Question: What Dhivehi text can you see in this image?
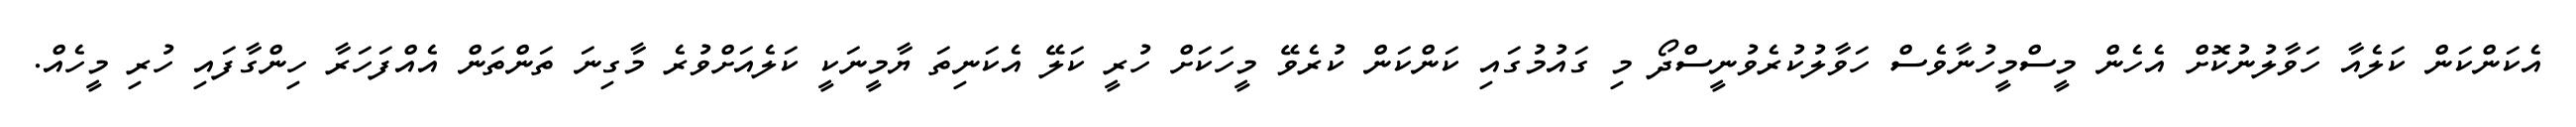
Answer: އެކަންކަން ކަލެއާ ހަވާލުނުކޮށް އެހެން މީސްމީހުނާވެސް ހަވާލުކުރެވުނީސްދޯ މި ގައުމުގައި ކަންކަން ކުރެވޭ މީހަކަށް ހުރީ ކަލޭ އެކަނިތަ ޔާމީނަކީ ކަލެއަށްވުރެ މާގިނަ ތަންތަން އެއްފަހަރާ ހިންގާފައި ހުރި މީހެއް.